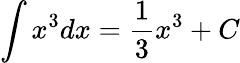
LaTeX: \int x^{3}dx=\frac{1}{3}x^{3}+C